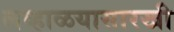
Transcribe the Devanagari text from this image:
लव्हाळयासारखी